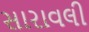
સારાવલી